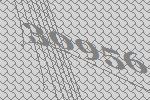
30956